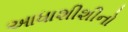
આધાશીશીનો